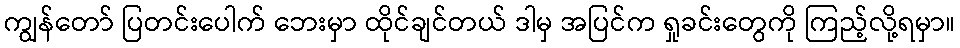
ကျွန်တော် ပြတင်းပေါက် ဘေးမှာ ထိုင်ချင်တယ် ဒါမှ အပြင်က ရှုခင်းတွေကို ကြည့်လို့ရမှာ။